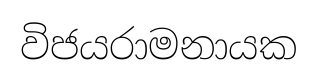
විජයරාමනායක